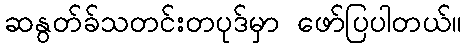
ဆနွတ်ခ်သတင်းတပုဒ်မှာ ဖော်ပြပါတယ်။